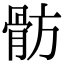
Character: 𩨣